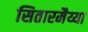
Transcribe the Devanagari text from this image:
सितारमैय्या